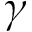
\gamma